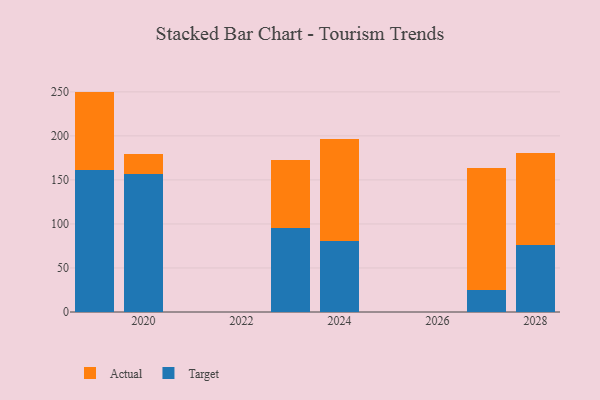
{"axis": {"x": "Year", "y": "Headcount"}, "legend": ["Actual", "Target"], "data": [{"x": "2028", "y": 76.6, "type": "Target"}, {"x": "2028", "y": 104.0, "type": "Actual"}, {"x": "2027", "y": 25.4, "type": "Target"}, {"x": "2027", "y": 138.4, "type": "Actual"}, {"x": "2023", "y": 95.9, "type": "Target"}, {"x": "2023", "y": 76.3, "type": "Actual"}, {"x": "2019", "y": 160.9, "type": "Target"}, {"x": "2019", "y": 89.4, "type": "Actual"}, {"x": "2024", "y": 80.6, "type": "Target"}, {"x": "2024", "y": 116.3, "type": "Actual"}, {"x": "2020", "y": 156.8, "type": "Target"}, {"x": "2020", "y": 22.3, "type": "Actual"}]}